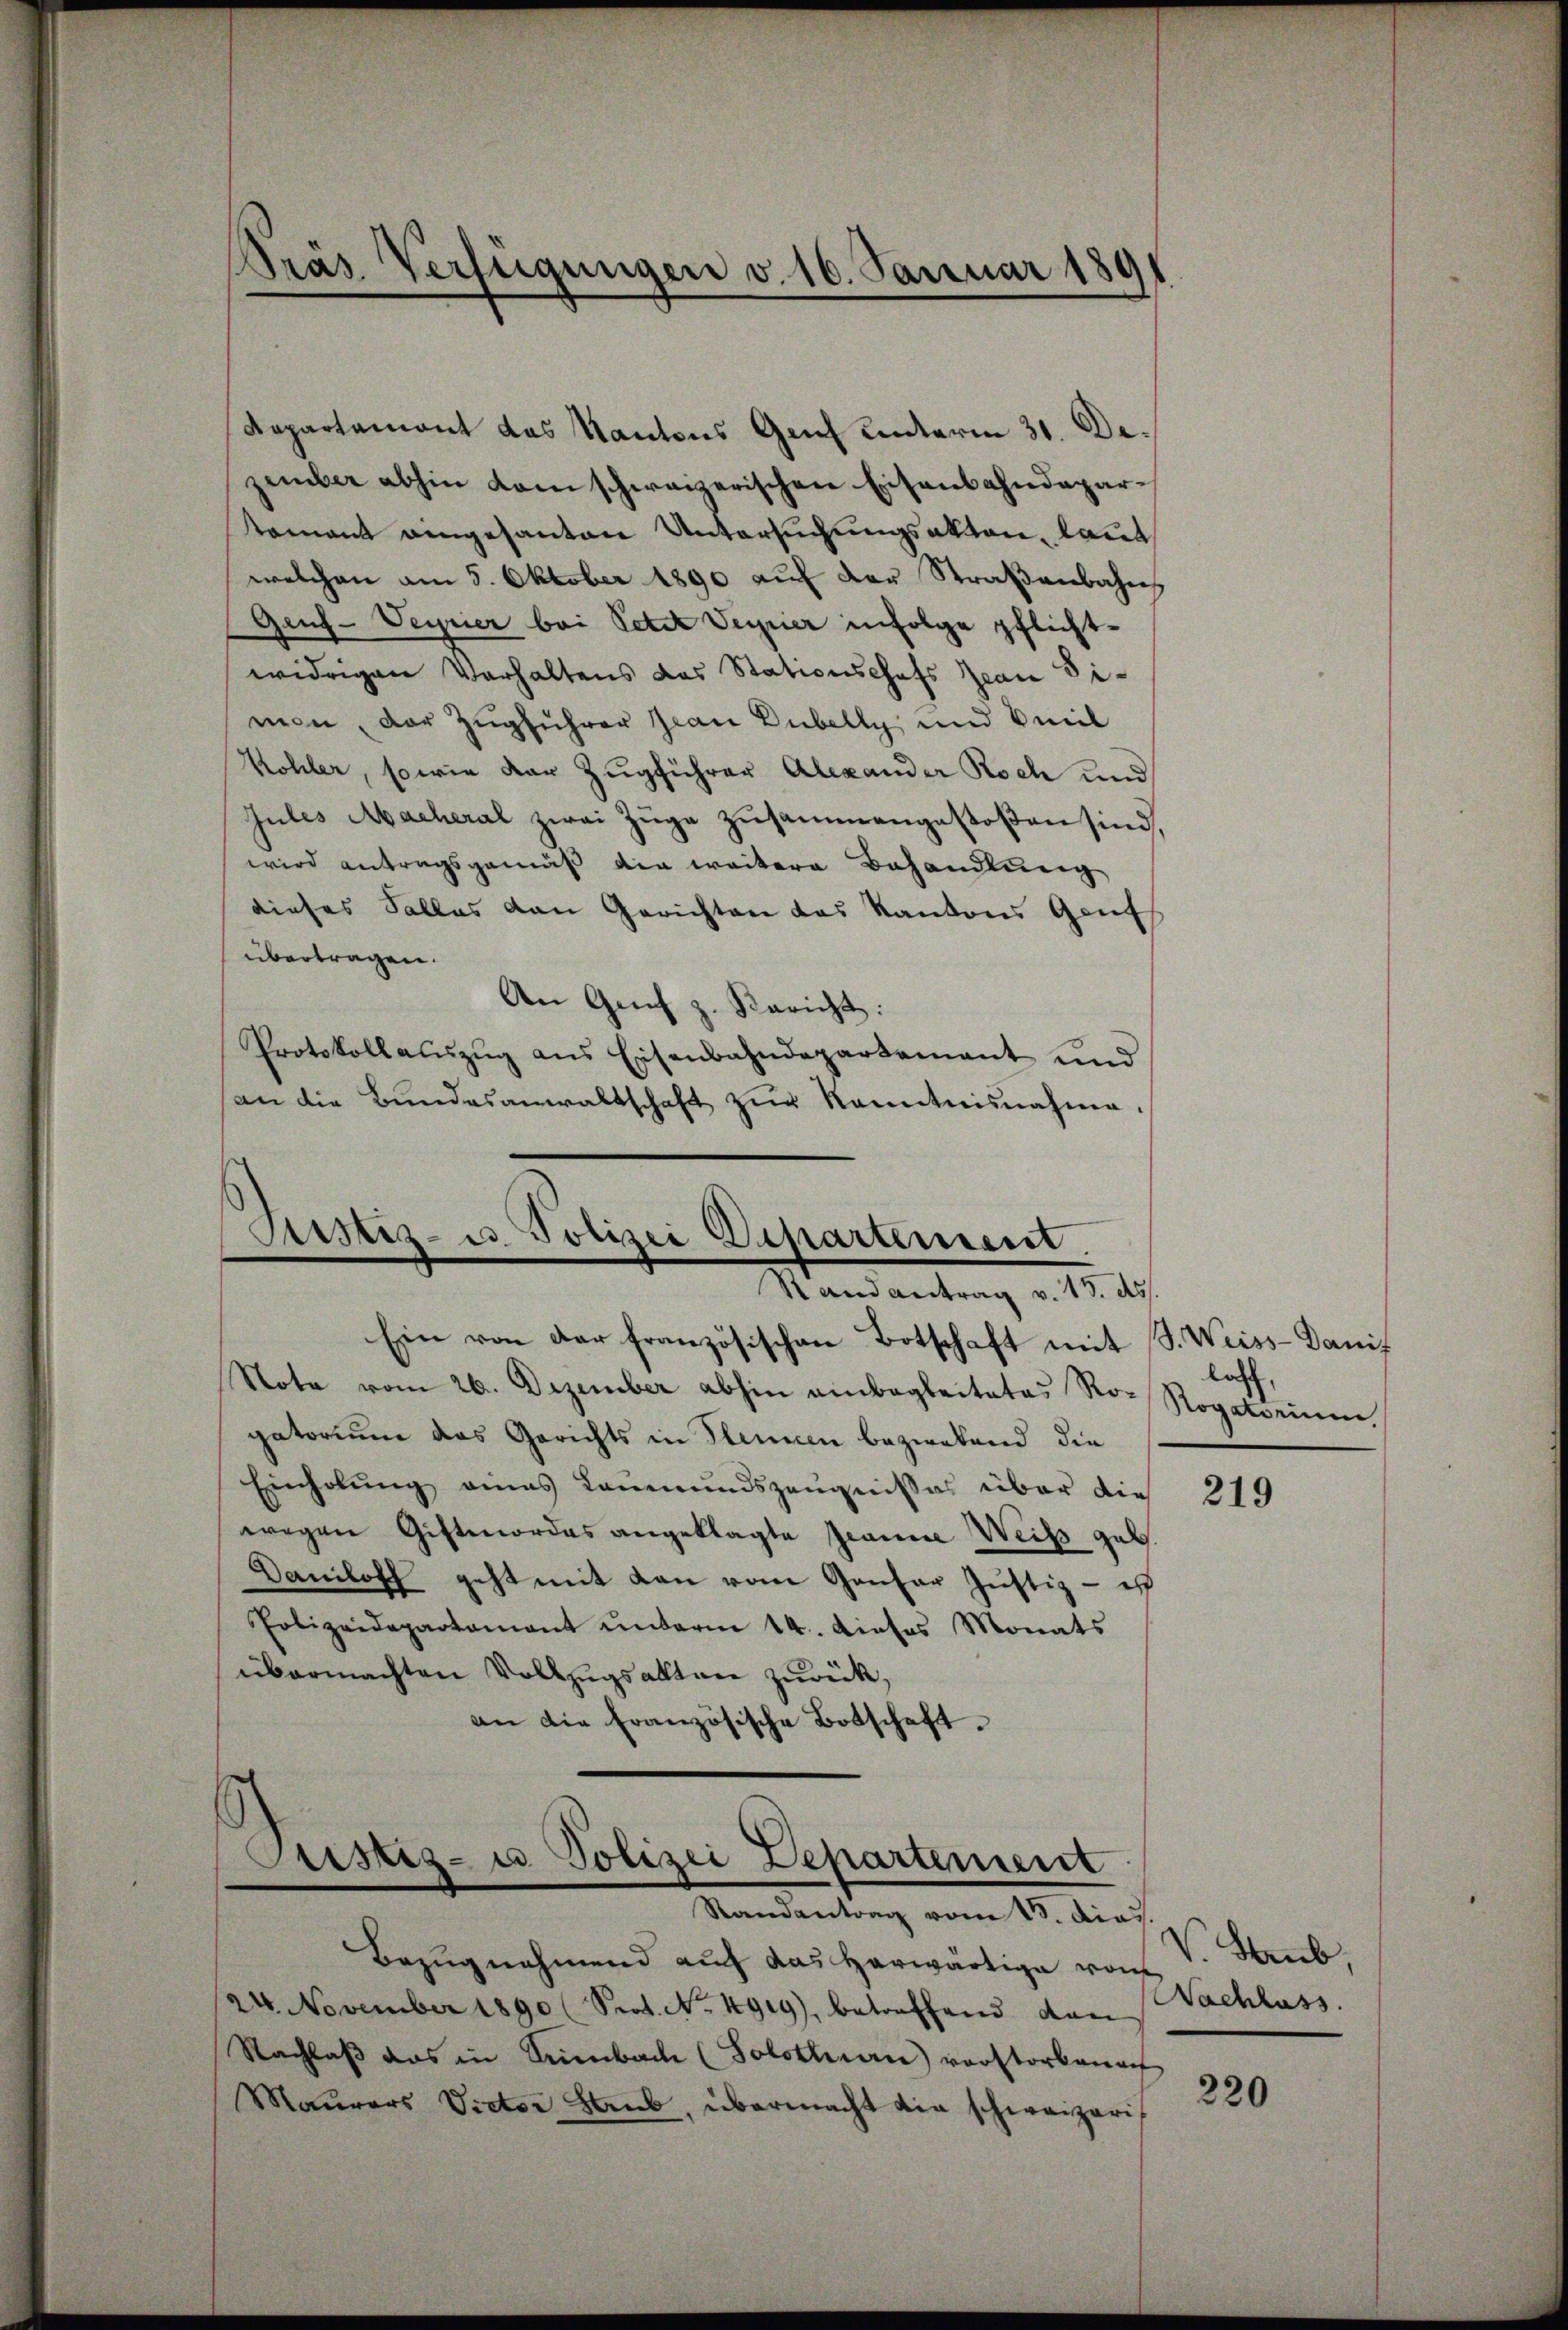
Departement das Kantons Genf unterm 31. Dezember abhin dem schweizerischen Eisenbahndepartamant eingesanten Untersuchungsakten, laut
welchen am 5. Oktober 1890 auf der Straßenbahns
Geuf-Veyrier bei Peter Verner infolge pflichtwidrigen Verhaltens das Stationschefs Jean Dimon, der Zugführer Jean Dübelly und Veil
Kohler, sowie der Zugführer Alexander Roch und
Jules Macheral zwei Zuge zusammengestoßen sind,
wird antragsgemäß die weitere Behandlung
dieses Salles den Gerichten das Kantons Genf
übertragen.
An Genf z. Bericht:
Protokollauszug aus Eisenbahndepartement und
an die Bŭndesanwaltschaft zŭr Kenntnisnahme.

Präs. Verfügungen v. 16. Januar 189

Ein von der französischen Botschaft mit S. Weiss-Danit
Nota vom 26. Dezember abhin einbegleitetes Ro- Rogatorium,
gatorium das Gerichts in Plencen bezwebend die
Einholŭng eines Leŭmŭndszeŭgnisses über die
wegen Giftmordes angeklagte Jeanne Weiss geb.
Damloff geht mit dan vom Gantar Justiz - is
Polizeidepartamant ŭnterm 14. dieses Monats
übermachten Vollzugsalten zurück,
an die Französische Botschaft.

Justiz- u. Polizei Departement.
Randantrag v. 15. 45.

Justiz- u. Polizei Departement
Randantrag vom 13. Dias.

Bezugnahmend auf das herwärtige vom
24. November 1890 (Seot. No. 4919), betreffend dan
Nachlaβ das in Tribach (Solothurn) vorstorbenen
Maŭrers Victor Staub, übermacht die schweizeris

lach,

219

Staub,
Nachlass.

220